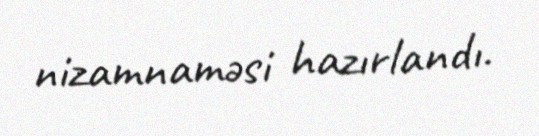
nizamnaməsi hazırlandı.